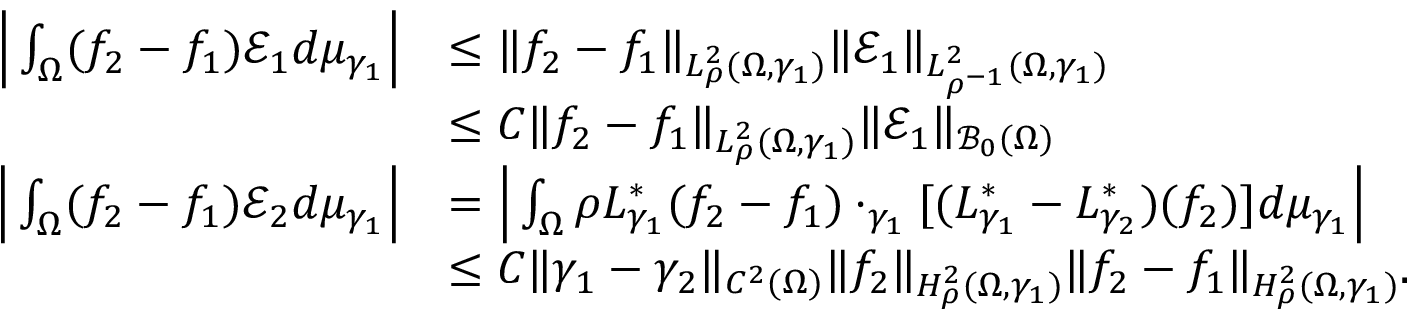
\begin{array} { r l } { \Big | \int _ { \Omega } ( f _ { 2 } - f _ { 1 } ) \mathscr E _ { 1 } d \mu _ { \gamma _ { 1 } } \Big | } & { \leq \| f _ { 2 } - f _ { 1 } \| _ { L _ { \rho } ^ { 2 } ( \Omega , \gamma _ { 1 } ) } \| \mathscr E _ { 1 } \| _ { L _ { \rho ^ { - 1 } } ^ { 2 } ( \Omega , \gamma _ { 1 } ) } } \\ & { \leq C \| f _ { 2 } - f _ { 1 } \| _ { L _ { \rho } ^ { 2 } ( \Omega , \gamma _ { 1 } ) } \| \mathscr E _ { 1 } \| _ { \mathcal B _ { 0 } ( \Omega ) } } \\ { \Big | \int _ { \Omega } ( f _ { 2 } - f _ { 1 } ) \mathscr E _ { 2 } d \mu _ { \gamma _ { 1 } } \Big | } & { = \Big | \int _ { \Omega } \rho L _ { \gamma _ { 1 } } ^ { * } ( f _ { 2 } - f _ { 1 } ) \cdot _ { \gamma _ { 1 } } [ ( L _ { \gamma _ { 1 } } ^ { * } - L _ { \gamma _ { 2 } } ^ { * } ) ( f _ { 2 } ) ] d \mu _ { \gamma _ { 1 } } \Big | } \\ & { \leq C \| \gamma _ { 1 } - \gamma _ { 2 } \| _ { C ^ { 2 } ( \Omega ) } \| f _ { 2 } \| _ { H _ { \rho } ^ { 2 } ( \Omega , \gamma _ { 1 } ) } \| f _ { 2 } - f _ { 1 } \| _ { H _ { \rho } ^ { 2 } ( \Omega , \gamma _ { 1 } ) } . } \end{array}